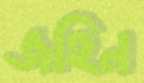
জহিন